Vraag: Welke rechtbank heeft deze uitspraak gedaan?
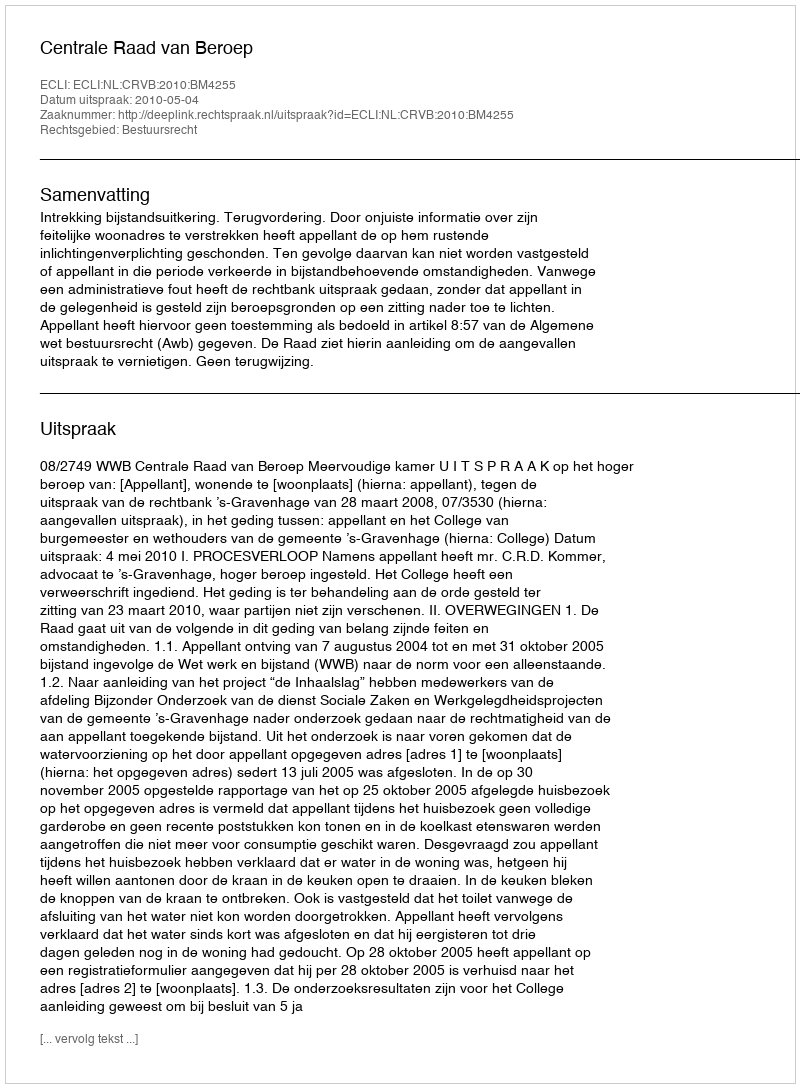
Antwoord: Centrale Raad van Beroep